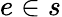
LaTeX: e\in s